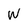
Character: W